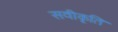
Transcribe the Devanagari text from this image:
सवीकृति